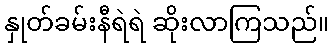
နှုတ်ခမ်းနီရဲရဲ ဆိုးလာကြသည်။